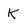
Character: k